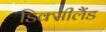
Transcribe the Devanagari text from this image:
डिक्सीलैंड